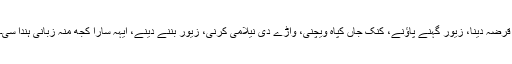
قرضہ دینا، زیور گہنے پاؤنے، کنک جاں کپاہ ویچنی، واڑے دی نیلامی کرنی، زیور بننے دینے، ایہہ سارا کُجھ مُنہ زبانی ہُندا سی۔